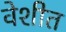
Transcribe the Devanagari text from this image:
वेशीत